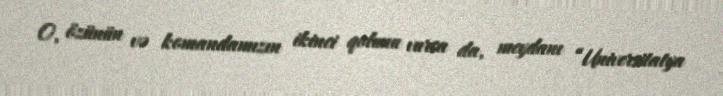
O, özünün və komandamızın ikinci qolunu vursa da, meydanı “Universitatya